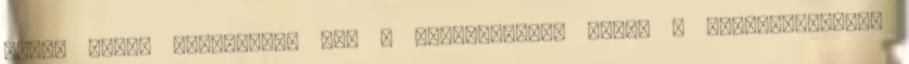
pedig újabb lendületet kap a felkészülés. Ebben a beszélgetésben